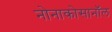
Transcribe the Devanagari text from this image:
नोनाकोसानॉल